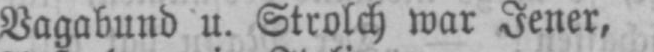
Vagabund u. Strolch war Jener,